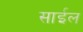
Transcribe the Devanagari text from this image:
साईल